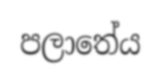
පලාතේය